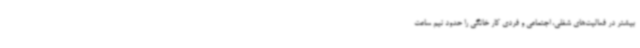
بیشتر در فعالیت‌های شغلی، اجتماعی و فردی کار خانگی را حدود نیم ساعت